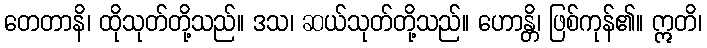
တေတာနိ၊ ထိုသုတ်တို့သည်။ ဒသ၊ ဆယ်သုတ်တို့သည်။ ဟောန္တိ၊ ဖြစ်ကုန်၏။ ဣတိ၊